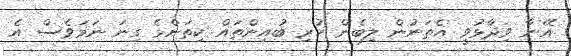
އޭނާ ވިދާޅުވީ އެތަނުން ލިބެން ހުރި ބުއިންތައް ކިތަންމެ ގިނަ ނަމަވެސް އެ